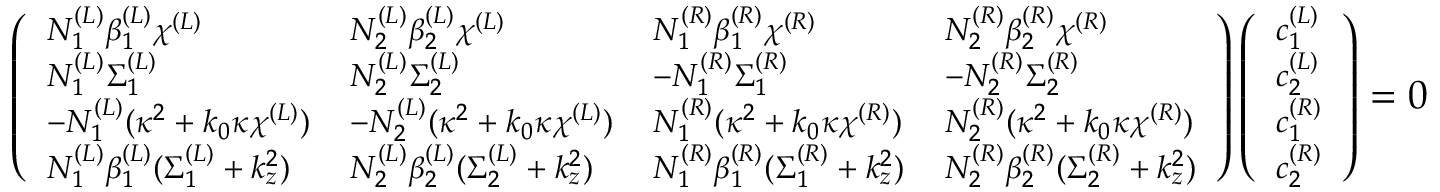
\footnotesize \left( \begin{array} { l l l l } { N _ { 1 } ^ { ( L ) } \beta _ { 1 } ^ { ( L ) } \chi ^ { ( L ) } } & { N _ { 2 } ^ { ( L ) } \beta _ { 2 } ^ { ( L ) } \chi ^ { ( L ) } } & { N _ { 1 } ^ { ( R ) } \beta _ { 1 } ^ { ( R ) } \chi ^ { ( R ) } } & { N _ { 2 } ^ { ( R ) } \beta _ { 2 } ^ { ( R ) } \chi ^ { ( R ) } } \\ { N _ { 1 } ^ { ( L ) } \Sigma _ { 1 } ^ { ( L ) } } & { N _ { 2 } ^ { ( L ) } \Sigma _ { 2 } ^ { ( L ) } } & { - N _ { 1 } ^ { ( R ) } \Sigma _ { 1 } ^ { ( R ) } } & { - N _ { 2 } ^ { ( R ) } \Sigma _ { 2 } ^ { ( R ) } } \\ { - N _ { 1 } ^ { ( L ) } ( \kappa ^ { 2 } + k _ { 0 } \kappa \chi ^ { ( L ) } ) } & { - N _ { 2 } ^ { ( L ) } ( \kappa ^ { 2 } + k _ { 0 } \kappa \chi ^ { ( L ) } ) } & { N _ { 1 } ^ { ( R ) } ( \kappa ^ { 2 } + k _ { 0 } \kappa \chi ^ { ( R ) } ) } & { N _ { 2 } ^ { ( R ) } ( \kappa ^ { 2 } + k _ { 0 } \kappa \chi ^ { ( R ) } ) } \\ { N _ { 1 } ^ { ( L ) } \beta _ { 1 } ^ { ( L ) } ( \Sigma _ { 1 } ^ { ( L ) } + k _ { z } ^ { 2 } ) } & { N _ { 2 } ^ { ( L ) } \beta _ { 2 } ^ { ( L ) } ( \Sigma _ { 2 } ^ { ( L ) } + k _ { z } ^ { 2 } ) } & { N _ { 1 } ^ { ( R ) } \beta _ { 1 } ^ { ( R ) } ( \Sigma _ { 1 } ^ { ( R ) } + k _ { z } ^ { 2 } ) } & { N _ { 2 } ^ { ( R ) } \beta _ { 2 } ^ { ( R ) } ( \Sigma _ { 2 } ^ { ( R ) } + k _ { z } ^ { 2 } ) } \end{array} \right) \left( \begin{array} { l } { c _ { 1 } ^ { ( L ) } } \\ { c _ { 2 } ^ { ( L ) } } \\ { c _ { 1 } ^ { ( R ) } } \\ { c _ { 2 } ^ { ( R ) } } \end{array} \right) = 0